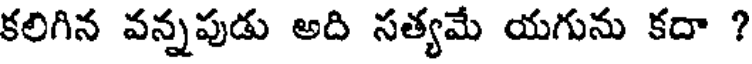
కలిగిన వన్నపుడు అది సత్యమే యగును కదా ?